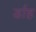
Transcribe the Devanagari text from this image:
र्डाह